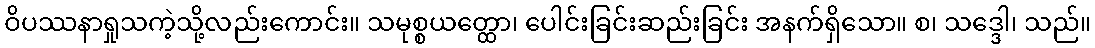
ဝိပဿနာရှုသကဲ့သို့လည်းကောင်း။ သမုစ္စယတ္ထော၊ ပေါင်းခြင်းဆည်းခြင်း အနက်ရှိသော။ စ၊ သဒ္ဒေါ၊ သည်။